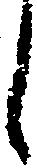
し